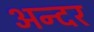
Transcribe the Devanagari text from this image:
अन्दर